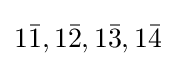
1{\bar {1}},1{\bar {2}},1{\bar {3}},1{\bar {4}}